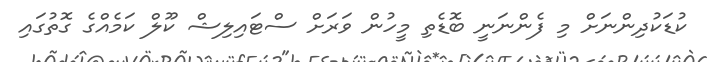
ކުޑަކުދިންނަށް މި ފެންނަނީ ބޮޑެތި މީހުން ވަރަށް ސްޓައިލިޝް ކޫލް ކަމެއްގެ ގޮތުގައި